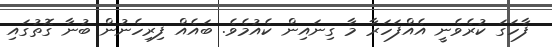
ފާހަގަ ކުރެވެނީ އެއްފަހަރާ މާ ގިނައިން ކެއުމެވެ. ބައެއް ފިރިހެނުން ބުނާ ގޮތުގައި